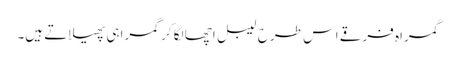
گمراہ فرقے اس طرح لیبل اچھا لگا کر گمراہی پھیلاتے ہیں۔